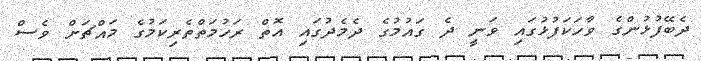
ދެބޭފުޅުންގެ ވާހަކަފުޅުގައި ވަނީ ދެ ގައުމުގެ ދެމެދުގައި އޮތް ރަހުމަތްތެރިކަމުގެ މައްޗަށް ވެސް